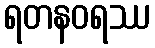
ရတနဝရဿ